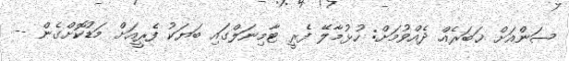
ސަންއަށް ޚަބަރެއް ދެއްވުމަށް: ހުޅުމާލޭ ފެރީ ޓާމިނަލްގައި ބަޔަކު ފެރީއަށް މަޑުކޮށްގެން --